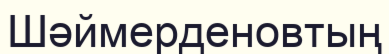
Шәймерденовтың